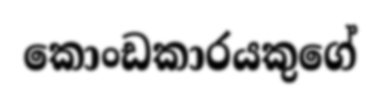
කොංඩකාරයකුගේ